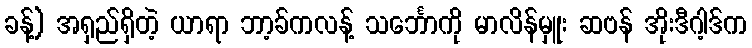
ခန့်) အရှည်ရှိတဲ့ ယာရာ ဘာ့ခ်ကလန့် သင်္ဘောကို မာလိန်မှူး ဆဗန် အိုးဒီဂါ့ဒ်က